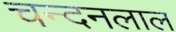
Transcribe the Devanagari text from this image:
चन्दनलाल